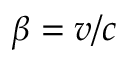
\beta = v / c